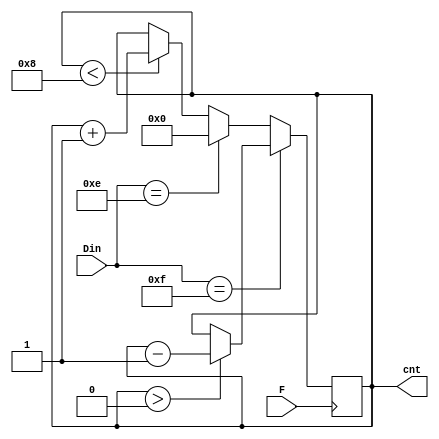
module count_B32(F,Din,cnt);
input F;
input [3:0]Din;
output reg [3:0]cnt=0;

always @ (posedge F)
begin
	if (Din==4'b1111)	begin if (cnt>0)cnt=cnt-1'b1;end
	else if (Din==4'b1110) cnt=0;
	else if (cnt<4'b1000) cnt=cnt+1'b1;
	else;
end

endmodule